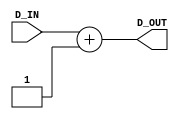

module inc1(D_IN, D_OUT);
    input [15:0]  D_IN;
    output [15:0] D_OUT;

    // ********* The first design method **************** 
    // wire [14:0]   CARRY;   
    // half_adder C0 (.A(D_IN[0] ), .B(1'b1     ), .SUM(D_OUT[0] ), .CYO(CARRY[0] ));
    // half_adder C1 (.A(D_IN[1] ), .B(CARRY[0] ), .SUM(D_OUT[1] ), .CYO(CARRY[1] ));
    // half_adder C2 (.A(D_IN[2] ), .B(CARRY[1] ), .SUM(D_OUT[2] ), .CYO(CARRY[2] ));
    // half_adder C3 (.A(D_IN[3] ), .B(CARRY[2] ), .SUM(D_OUT[3] ), .CYO(CARRY[3] ));
    // half_adder C4 (.A(D_IN[4] ), .B(CARRY[3] ), .SUM(D_OUT[4] ), .CYO(CARRY[4] ));
    // half_adder C5 (.A(D_IN[5] ), .B(CARRY[4] ), .SUM(D_OUT[5] ), .CYO(CARRY[5] ));
    // half_adder C6 (.A(D_IN[6] ), .B(CARRY[5] ), .SUM(D_OUT[6] ), .CYO(CARRY[6] ));
    // half_adder C7 (.A(D_IN[7] ), .B(CARRY[6] ), .SUM(D_OUT[7] ), .CYO(CARRY[7] ));
    // half_adder C8 (.A(D_IN[8] ), .B(CARRY[7] ), .SUM(D_OUT[8] ), .CYO(CARRY[8] ));
    // half_adder C9 (.A(D_IN[9] ), .B(CARRY[8] ), .SUM(D_OUT[9] ), .CYO(CARRY[9] ));
    // half_adder C10(.A(D_IN[10]), .B(CARRY[9] ), .SUM(D_OUT[10]), .CYO(CARRY[10]));
    // half_adder C11(.A(D_IN[11]), .B(CARRY[10]), .SUM(D_OUT[11]), .CYO(CARRY[11]));
    // half_adder C12(.A(D_IN[12]), .B(CARRY[11]), .SUM(D_OUT[12]), .CYO(CARRY[12]));
    // half_adder C13(.A(D_IN[13]), .B(CARRY[12]), .SUM(D_OUT[13]), .CYO(CARRY[13]));
    // half_adder C14(.A(D_IN[14]), .B(CARRY[13]), .SUM(D_OUT[14]), .CYO(CARRY[14]));
    // half_adder C15(.A(D_IN[15]), .B(CARRY[14]), .SUM(D_OUT[15]));

    //********** the second design method ***************
    assign D_OUT = D_IN + 1; 

endmodule

module  inc1_tb;
    reg [15:0]  D_IN;   // input
    wire[15:0]  D_OUT;  // output

    inc1 INC_PC(.D_IN(D_IN),.D_OUT(D_OUT)); //instantiation

    initial begin
        $monitor("D_IN = %h , D_OUT = %h",D_IN,D_OUT);
        #10 D_IN = 16'h1234;
        #10 D_IN = 16'h0000;
        #10 D_IN = 16'hffff;
        #10 D_IN = 16'h000f;
    end

endmodule